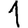
Digit: 1